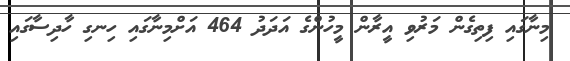
މިނާގައި ފިތިގެން މަރުވި އީރާން މީހުންގެ އަދަދު 464 އަށްމިނާގައި ހިނގި ހާދިސާގައި